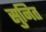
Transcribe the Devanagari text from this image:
सुनित